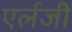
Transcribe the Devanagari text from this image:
एर्लजी